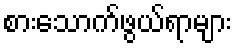
စားသောက်ဖွယ်ရာများ